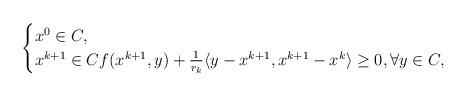
LaTeX: \begin{align*}\begin{cases}x^0 \in C,\\ x^{k+1} \in C f(x^{k+1}, y ) + \frac{1}{r_k}\langle y - x^{k+1}, x^{k+1} - x^k \rangle \geq 0, \forall y \in C,\end{cases}\end{align*}